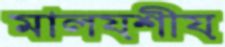
মালয়শীয়